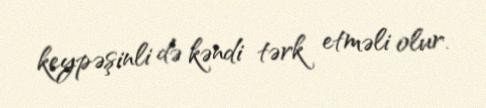
keypəşinli də kəndi tərk etməli olur.